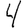
Digit: 4